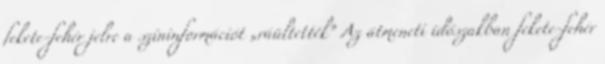
fekete-fehér jelre a színinformációt „ráültették” Az átmeneti időszakban fekete-fehér